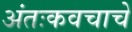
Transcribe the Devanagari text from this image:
अंतःकवचाचे